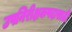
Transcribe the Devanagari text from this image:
उपनिरीक्षकपदासाठी